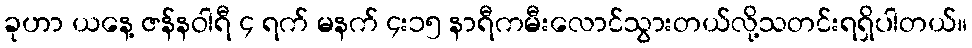
ခုဟာ ယနေ့ ဇန်နဝါရီ ၄ ရက် မနက် ၄း၁၅ နာရီကမီးလောင်သွားတယ်လို့သတင်းရရှိပါတယ်။